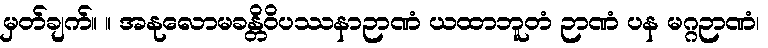
မှတ်ချက်။ ။ အနုလောမခန္တိဝိပဿနာဉာဏံ ယထာဘူတံ ဉာဏံ ပန မဂ္ဂဉာဏံ၊